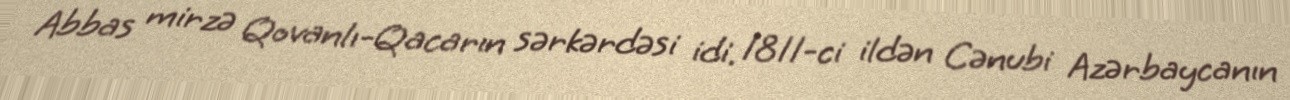
Abbas mirzə Qovanlı-Qacarın sərkərdəsi idi. 1811-ci ildən Cənubi Azərbaycanın